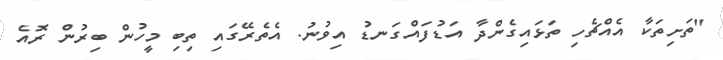
"ތަށިތަކާ އެއްޗެހި ތަޅައިގެންދާ އަޑުފައްގަނޑު އިވުނު. އެތެރޭގައި ތިބި މީހުން ބިރުން ރޮއެ